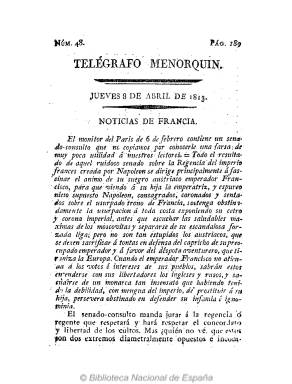
Título: Telégrafo menorquín
Colección: Periódicos anteriores a 1850
Ámbito geográfico: Baleares
Lugar de publicación: Mahón [Baleares]
Fechas: 08/04/1813-09/04/1813

Gómez Ímaz (1910) señala de este periódico que, por sus artículos comunicados, parece sostener “ ideas antirreformistas”, mientras Bover de Roselló (1862) había indicado ser de carácter “político moderado”. Sin embargo, su ideología era liberal avanzada, y se ha dicho que hasta anticlerical y republicana. Se sabe que su fundador y director fue Juan Pola de Medina, que aparece como editor de este periódico al ser el primer firmante del escrito, de diez de mayo de 1813, rubricado por más de un centenar y medio de “ciudadanos” mahoneses, dirigido a las Cortes Generales y extraordinarias, reunidas en Cádiz, exposición en la que, como representantes de la ciudad de Mahón, agradecen a dichas Cortes “haber regenerado la nación, asegurado su independencia, proclamado la libertad del ciudadano, encadenado el despotismo, destruido el tenebroso tribunal de la Inquisición, y restablecido, sobre las ruinas del fanatismo, la religión santa y pura de nuestros mayores” (Diario de las discusiones de las Cortes. T. XIX, 1813).

Así mismo, sería atacado y el Semanario cristiano-político de Mallorca (1812-1814) polemizará con sus escritos (véase el número de 18 de octubre de 1813 de este periódico), a la vez que por razones también políticas tuvo que cambiar de imprenta. Fue estampado en la Imprenta de Pedro Antonio Serra, y por la propia Imprenta del Telégrafo, a cargo de J. Arribas (desde el número 183, de 5 de diciembre de 1813) y, posteriormente, de Francisco Lanzón (desde el número 206, en mayo de 2014), aunque el mismo Bover señala que, entre 1812 y 1814, existió en Mahón una Imprenta de Pola, que muy bien pudiera tratarse de esta.

Baleares permaneció al margen de la invasión napoleónica (1808-1814), siendo utilizado el puerto de Mahón como base de las escuadras inglesa y española, periodo este en el que comienzan a publicarse en esta isla sus primeros periódicos: Semanario de la Isla de Menorca (1811) y seguidamente Diario de Menorca (1812-1814), que probablemente editó algún número con el título de Diario de Mahón (1812). La prensa liberal estuvo representada por El Imparcial de Mahón (1813), El Aristarco (1813-1814) y por este Telégrafo menorquín (1813-1814), los tres salidos, precisamente, de las prensas de Pedro Antonio Serra, que sufriría encarcelamiento tras el regreso de Fernando VII.

Se da como fecha de aparición del Telégrafo… el 19 de febrero de 1813, aunque en la Biblioteca Lluis Alemany de Palma de Mallorca el número 1 de la colección corresponde al día 20. Comenzó siendo diario, y ya en el mes de diciembre aparecía semanalmente, cada domingo. En un formato en 4º, sus entregas fueron de cuatro páginas, y posteriormente de doce, compuestas a una columna. Editó también algún suplemento.

Ofrece noticias de España y extranjeras, principalmente de Europa, sobre los acontecimientos políticos y bélicos de las guerras napoleónicas; artículos de oficio o comunicados (de las autoridades) o artículos remitidos, así como noticias particulares de Mahón, con el movimiento portuario (salidas y entradas de barcos y buques), y otros Avisos, como cotizaciones de frutos y géneros. Como en otra prensa de la época de la guerra de la independencia, las noticias nacionales y extranjeras proceden de gacetas y periódicos de otras ciudades.

El Telégrafo menorquín desapareció en mayo de 1814, por lo que apenas tuvo un año de vida, y coincidiendo con los prolegómenos del nuevo periodo reaccionario. Bover (1862), Criado y Domínguez (1892) y Luis del Arco (1914) señalan que cesó el día 29, mientras que Gil Novales (2009), el día 19, y Javier del Burgo (1978), el uno de mayo. La colección de este título en la Biblioteca Nacional de España lo integran sólo sus números 48 y 49, de 8 y 9 de abril de 1813, respectivamente, cuando aún era diario, y llevan la foliación continuada. Además de la bibliografía citada, véase La prensa periódica en Menorca, de Luis Alemany Vich (1974 y 1975).

---

Falta digitalizar los números 46 y 47